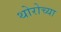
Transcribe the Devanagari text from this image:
थोरोच्या